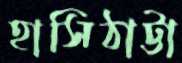
হাসিঠাট্টা